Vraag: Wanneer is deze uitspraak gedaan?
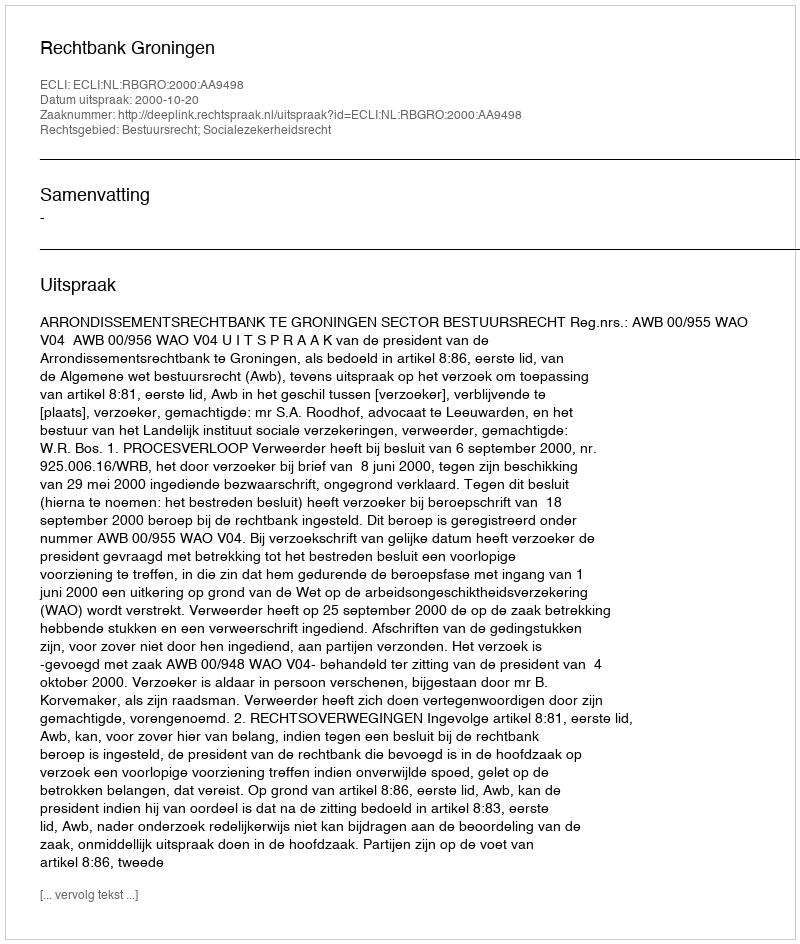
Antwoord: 2000-10-20